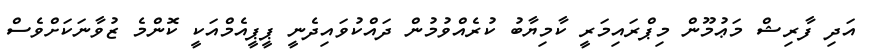
އަދި ފާރިޝް މަޢުމޫން މިޕްރައިމަރީ ކާމިޔާބު ކުރެއްވުމުން ދައްކުވައިދެނީ ޕީޕީއެމްއަކީ ކޮންމެ ޒުވާނަކަށްވެސް